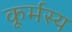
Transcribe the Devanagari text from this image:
कूर्मस्य